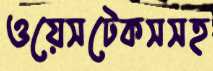
ওয়েসটেকসসহ